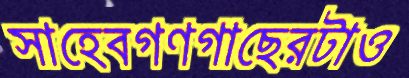
সাহেবগণগাছেরটাও